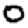
Digit: 0